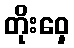
တိုးဝှေ့